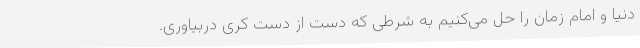
دنیا و امام‌ زمان را حل می‌کنیم به شرطی که دست از دست کِری دربیاوری.